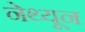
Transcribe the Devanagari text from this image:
नेथ्यून